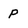
Character: P